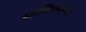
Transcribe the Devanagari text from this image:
हातशिलाईमधे